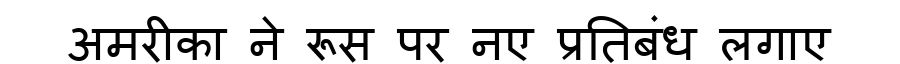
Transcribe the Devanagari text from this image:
अमरीका ने रूस पर नए प्रतिबंध लगाए